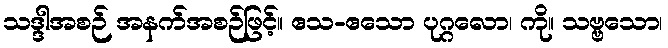
သဒ္ဒါအစဉ် အနက်အစဉ်ဖြင့်။ ဧသ-ဧသော ပုဂ္ဂလော၊ ကို။ သဗ္ဗသော၊